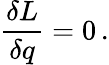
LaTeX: {\frac{\delta L}{\delta q}}=0\, .